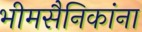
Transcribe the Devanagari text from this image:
भीमसैनिकांना